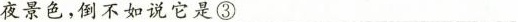
夜景色，倒不如说它是③_______________